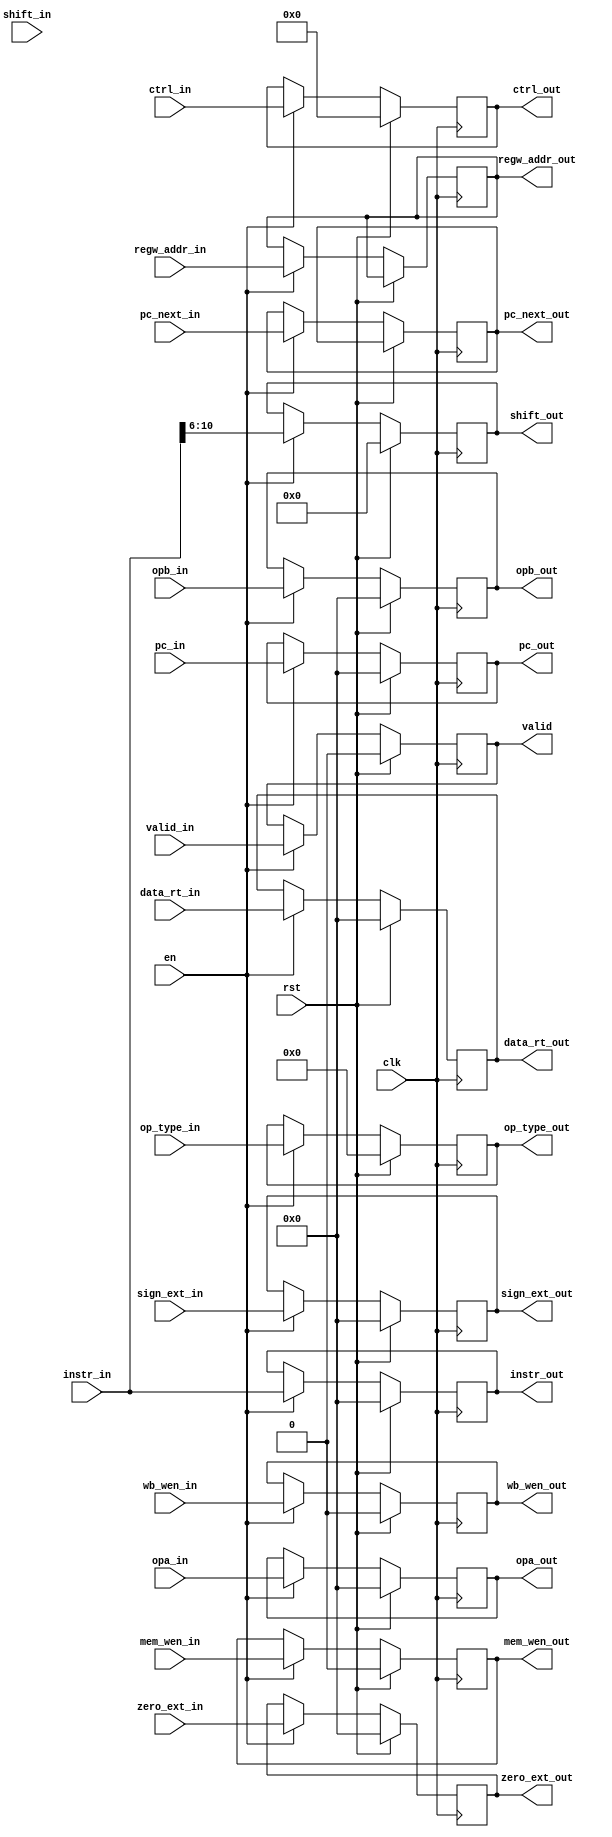
`timescale 1ns / 1ps
//////////////////////////////////////////////////////////////////////////////////
// Company: 
// Engineer: 
// 
// Design Name: 
// Module Name:    ID 
// Project Name: 
// Target Devices: 
// Tool versions: 
// Description: 
//
// Dependencies: 
//
// Revision: 
// Revision 0.01 - File Created
// Additional Comments: 
//
//////////////////////////////////////////////////////////////////////////////////
module EXE(
input wire en,
input wire clk,
input wire rst,
input wire valid_in,
output reg valid,
input wire shift_in,
input wire [31:0]pc_in,instr_in,sign_ext_in,zero_ext_in,opa_in,opb_in,
input wire [14:0]ctrl_in,
output reg [14:0]ctrl_out,
output reg [4:0]shift_out,
input wire [4:0]regw_addr_in,
output reg[4:0]regw_addr_out,
output reg [31:0]pc_out,instr_out,sign_ext_out,zero_ext_out,opa_out,opb_out,
input wire wb_wen_in,
output reg wb_wen_out,
input wire mem_wen_in,
output reg mem_wen_out,
input wire [31:0]data_rt_in,
output reg [31:0]data_rt_out,
input wire [7:0]op_type_in,
output reg [7:0]op_type_out,
input wire [31:0] pc_next_in,
output reg [31:0] pc_next_out
    );
	
	initial begin 
		ctrl_out=0; shift_out=0; 
		pc_out=0; opa_out=0; opb_out=0; zero_ext_out=0; sign_ext_out=0;
		regw_addr_out=0; valid=0;
		wb_wen_out=0;
		mem_wen_out=0;
		data_rt_out=0;
		op_type_out=0;
		pc_next_out=0;
	end
	
	always @(posedge clk)begin
		if(rst)begin
			pc_out<=0;
			instr_out<=0;
			sign_ext_out<=0;
			zero_ext_out<=0;
			opa_out<=0;//
			opb_out<=0;//
			shift_out<=0;
			valid<=0;
			wb_wen_out<=0;
			mem_wen_out<=0;
			data_rt_out<=0; 
			op_type_out<=0;
			ctrl_out=0;
			//pc_next_out<=0;
		end
		else if(en) begin
			valid<=valid_in;
			ctrl_out<=ctrl_in[14:0];
			instr_out<=instr_in;
			pc_out<=pc_in;
			sign_ext_out<=sign_ext_in;
			zero_ext_out<=zero_ext_in;
			opa_out<=opa_in;
			opb_out<=opb_in;
			shift_out<=instr_in[10:6];
			regw_addr_out<=regw_addr_in;
			wb_wen_out<=wb_wen_in;
			mem_wen_out<=mem_wen_in;
			data_rt_out<=data_rt_in;
			op_type_out<=op_type_in;
			pc_next_out<=pc_next_in;
		end
	end

endmodule